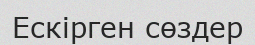
Ескірген сөздер